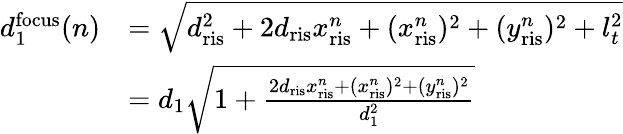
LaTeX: \begin{array}{rl}{d_{1}^{\mathrm{focus}}(n)}&{=\sqrt{d_{\mathrm{ris}}^{2}+2d_{\mathrm{ris}}x_{\mathrm{ris}}^{n}+(x_{\mathrm{ris}}^{n})^{2}+(y_{\mathrm{ris}}^{n})^{2}+l_{t}^{2}}}\\ &{=d_{1}\sqrt{1+\frac{2d_{\mathrm{ris}}x_{\mathrm{ris}}^{n}+(x_{\mathrm{ris}}^{n})^{2}+(y_{\mathrm{ris}}^{n})^{2}}{d_{1}^{2}}}}\end{array}